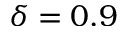
\delta = 0 . 9